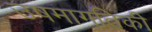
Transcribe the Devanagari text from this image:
उषमागतिकी